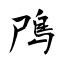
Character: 鳲